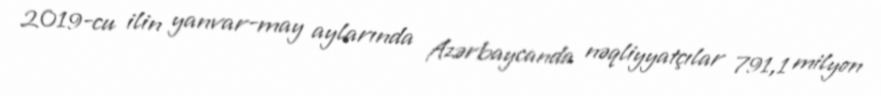
2019-cu ilin yanvar-may aylarında Azərbaycanda nəqliyyatçılar 791,1 milyon